Newspaper: Press and daily Dakotaian.
Place of publication: Yankton, Dakota Territory [S.D.]
Publisher: Bowen & Kingsbury
Date: 1880-10-28 00:00:00
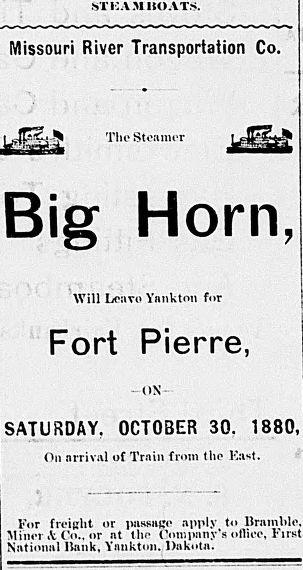
Advertisement text (OCR):
STISAMJSOAT.S. Missouri River Transportation Co. The Steamer Horn, Will Leavo Yankton for Fort Pierre, -ox SATURDAY. OCTOBER 30. 1880, On arrival of Train from the Ka*t. For freight or imssage apply to Bramble. Miner Co.. or at tho Comptmy's oflioe. First National Bank, Yankton. Dakota.
Label: illustrations